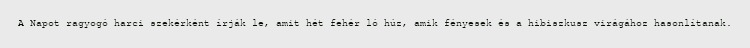
A Napot ragyogó harci szekérként írják le, amit hét fehér ló húz, amik fényesek és a hibiszkusz virágához hasonlítanak.